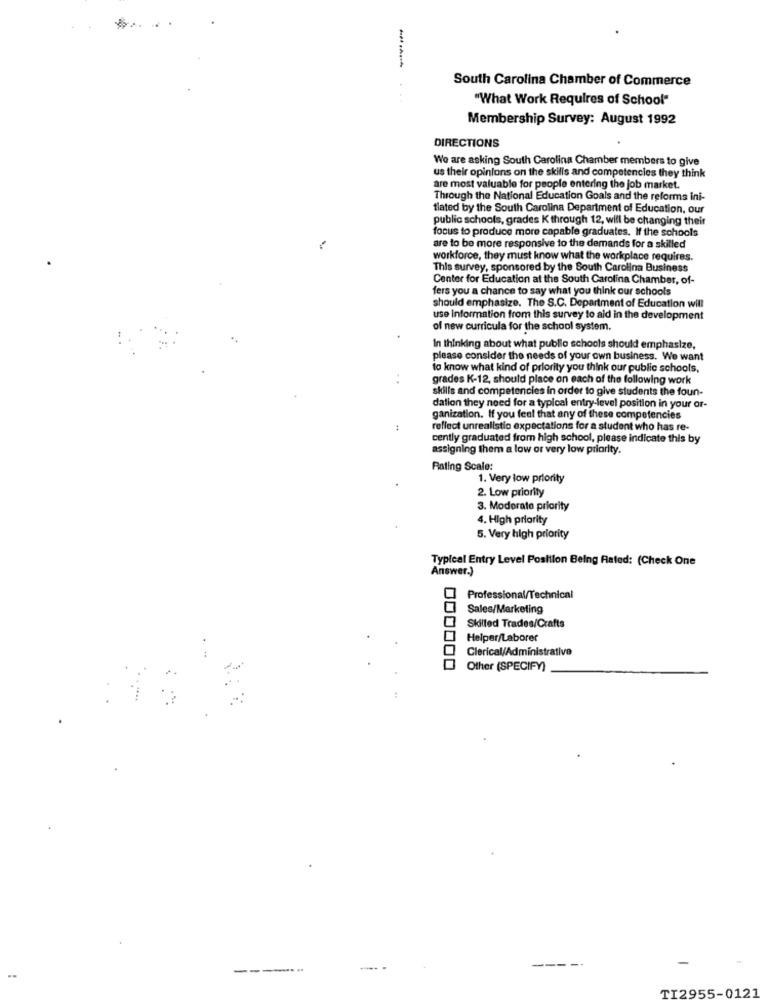
South Carolina Chamber of Commerce
"What Work Requires of School"
Membership Survey: August 1992
DIRECTIONS
We are asking South Carolina Chamber members to give
us their opinions on the skills and competencies they think
are most valuable for people entering the job market.
Through the National Education Goals and the reforms ini-
tiated by the South Carolina Department of Education, our
public schools, grades K through 12, will be changing their
focus to produce more capable graduates. If the schools
are to be more responsive to the demands for a skilled
workforce, they must know what the workplace requires.
This survey, sponsored by the South Carolina Business
Center for Education at the South Carolina Chamber, of-
fers you a chance to say what you think our schools
should emphasize. The S.C. Department of Education will
use information from this survey to aid in the development
of new curricula for the school system.
In thinking about what public schools should emphasize,
please consider the needs of your own business. We want
to know what kind of priority you think our public schools,
. .
grades K-12, should place on each of the following work
skills and competencies in order to give students the foun-
dation they need for a typical entry-level position in your or-
ganization. If you feel that any of these competencies
reflect unrealistic expectations for a student who has re-
cently graduated from high school, please indicate this by
assigning them a low or very low priority.
Rating Scale:
1. Very low priority
2. Low priority
3. Moderato priority
4. High priority
5. Very high priority
Typical Entry Level Position Being Rated: (Check One
Answer.)
Professional/Technical
Sales/Marketing
Skilled Trades/Crafts
Helper/Laborer
Clerical/Administrative
..
Other (SPECIFY)
-----
-
-----
TI2955-0121